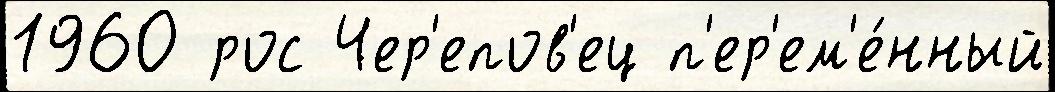
1960 рос Чер'епов'ец п'ер'ем'е́нный